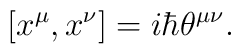
[x^\mu,x^\nu]=i\hbar \theta ^{\mu\nu}.